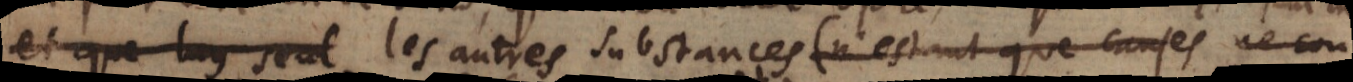
ien ou du mal, les autres substances (n’estant que causes occasi